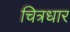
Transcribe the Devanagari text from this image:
चित्रधार